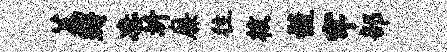
荔珊凄圻廉往核髓牢部